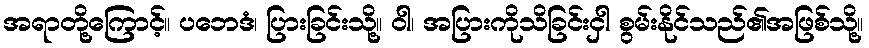
အရာတို့ကြောင့်။ ပဘေဒံ၊ ပြားခြင်းသို့။ ဝါ၊ အပြားကိုသိခြင်းငှါ စွမ်းနိုင်သည်၏အဖြစ်သို့။